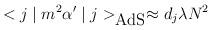
LaTeX: \begin{align*}<j\mid m^2\alpha' \mid j>_{\mbox{AdS}}\approx d_{{j}}\lambda N^2\end{align*}